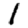
Digit: 1